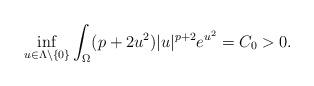
LaTeX: \begin{align*} \inf_{u \in \Lambda \setminus \{0\}}\int_{\Omega}(p+2u^2)|u|^{p+2}e^{u^2} =C_0 >0. \end{align*}